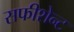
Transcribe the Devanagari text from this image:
सफीशेन्ट